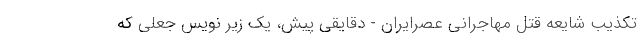
تکذیب شایعه قتل مهاجرانی عصرایران - دقایقی پیش، یک زیر نویس جعلی که